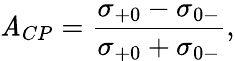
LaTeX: \mathit{A}_{CP}=\frac{{\sigma_{+0}-\sigma_{0-}}}{{\sigma_{+0}+\sigma_{0-}}},